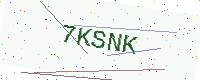
Text: 7KSNK